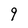
Character: 9